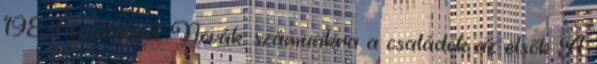
1984 találatból. Novák: számunkra a családok az elsők A